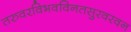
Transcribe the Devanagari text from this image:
तरुवरविभवविनतसुरवरवन